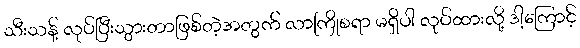
သီးသန့် လုပ်ပြီးသွားတာဖြစ်တဲ့အတွက် လာကြိုစရာ မရှိပါ လုပ်ထားလို့ ဒါ့ကြောင့်